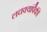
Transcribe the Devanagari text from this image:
लचक्यांपैकी